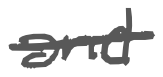
Text: and
Cross-out: single-line
Writing tool: digital_gray